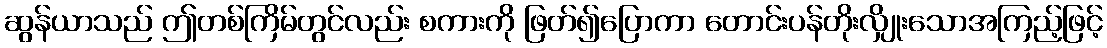
ဆွန်ယာသည် ဤတစ်ကြိမ်တွင်လည်း စကားကို ဖြတ်၍ပြောကာ တောင်းပန်တိုးလျှိုးသောအကြည့်ဖြင့်